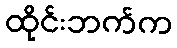
ထိုင်းဘက်က